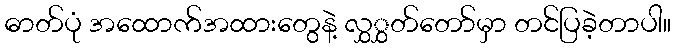
ဓာတ်ပုံ အထောက်အထားတွေနဲ့ လွှွှတ်တော်မှာ တင်ပြခဲ့တာပါ။